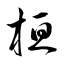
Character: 桓